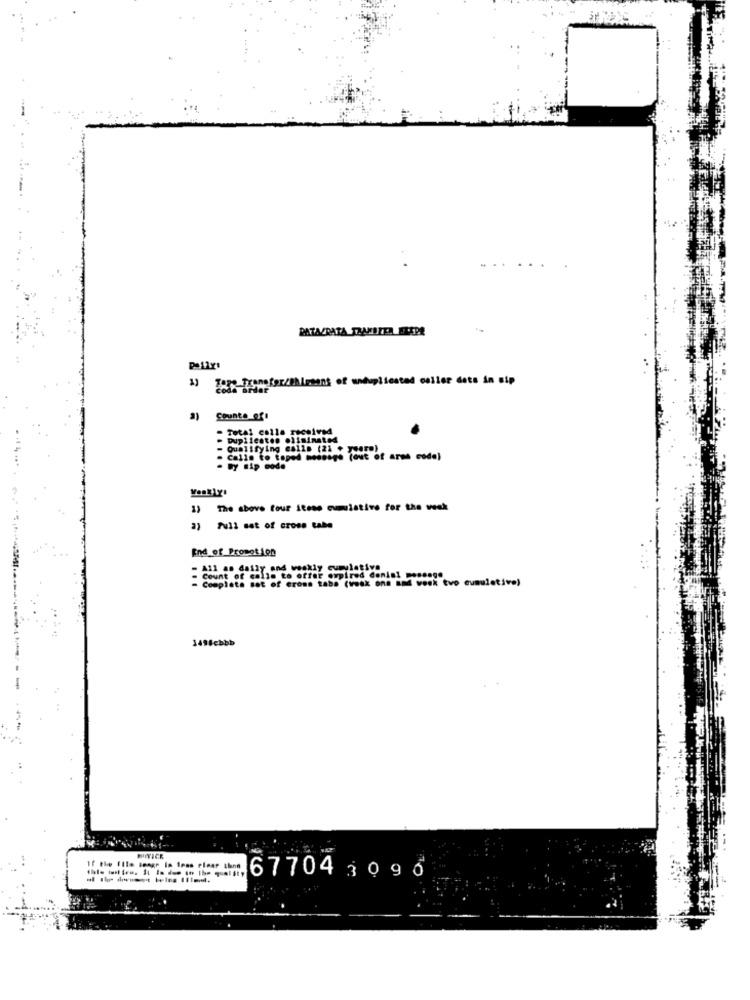
PATASRATA TRUETEA FLERE
Terp Transfer/Ihlesont of wwduplicated celler dets in sip
Counte of
Total colla received
Duplienton eliminated
Qualifying calls (21 + years)
Calls to toped modesge (out of arms code)
By sip code
) The above four items cumulative for the week
Full set of cross tabe
End_of_Promet 100
All as daily and weakly cumulative
Completa sat of cross taba (vosk one and vosk tvo cumulative)
Le otter
pired do
149fcbbb
MITIGE
If the file lenge la less elaar tienn
677043996